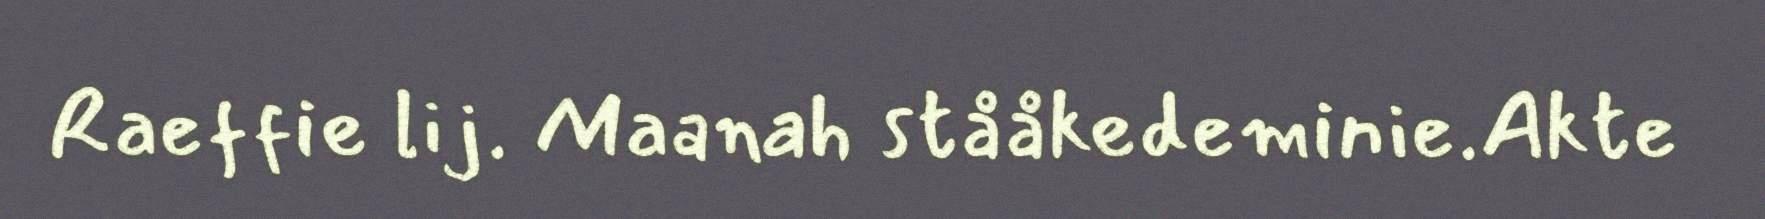
Raeffie lij. Maanah stååkedeminie.Akte